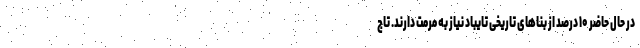
در حال حاضر ۱۰ درصد از بناهای تاریخی تایباد نیاز به مرمت دارند. تاج